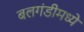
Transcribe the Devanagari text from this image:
बलगंडीमध्ये